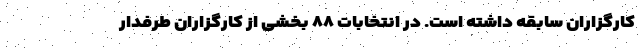
کارگزاران سابقه داشته است. در انتخابات ۸۸ بخشی از کارگزاران طرفدار